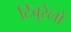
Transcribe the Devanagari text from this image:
टिबुरेलो